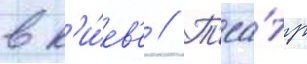
в к'и́ев'е // Т'еа́тр